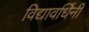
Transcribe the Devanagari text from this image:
विद्यावर्धिनी